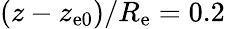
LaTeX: (z-z_{\mathrm{e0}})/R_{\mathrm{e}}=0.2